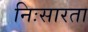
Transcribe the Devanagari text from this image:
निःसारता